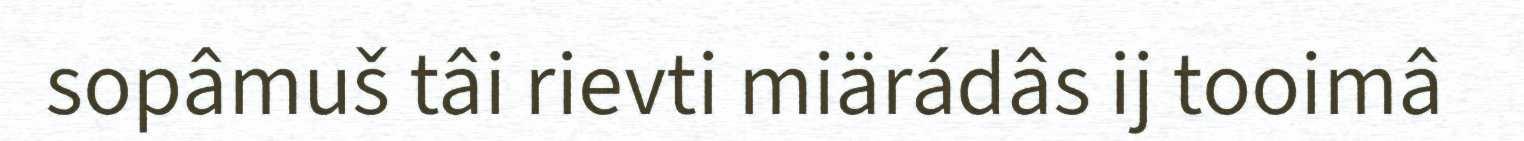
sopâmuš tâi rievti miärádâs ij tooimâ